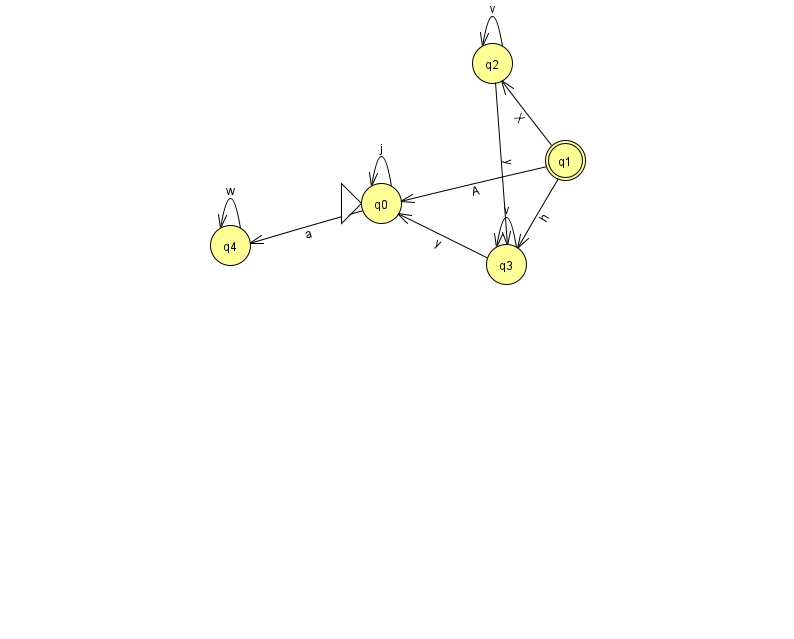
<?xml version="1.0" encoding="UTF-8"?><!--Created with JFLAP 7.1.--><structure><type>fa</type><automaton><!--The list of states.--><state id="0" name="q0"><x>381.0</x><y>190.0</y><initial/></state><state id="1" name="q1"><x>565.0</x><y>147.0</y><final/></state><state id="2" name="q2"><x>492.0</x><y>50.0</y></state><state id="3" name="q3"><x>506.0</x><y>251.0</y></state><state id="4" name="q4"><x>230.0</x><y>232.0</y></state><!--The list of transitions.--><transition><from>3</from><to>0</to><read>y</read></transition><transition><from>2</from><to>2</to><read>v</read></transition><transition><from>3</from><to>3</to><read>v</read></transition><transition><from>4</from><to>4</to><read>w</read></transition><transition><from>1</from><to>0</to><read>A</read></transition><transition><from>0</from><to>4</to><read>a</read></transition><transition><from>1</from><to>3</to><read>h</read></transition><transition><from>0</from><to>0</to><read>j</read></transition><transition><from>1</from><to>2</to><read>X</read></transition><transition><from>2</from><to>3</to><read>y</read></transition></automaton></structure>